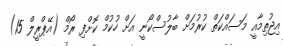
އިޖުތިމާއީ މަސައްކަތް ކުރުމަށް ބާލުސްކޯނީ އަށް ހުކުމް ކޮށްފި ރޯމް (އޭޕްރީލް 15)